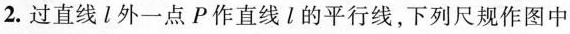
2.过直线l外一点P作直线l的平行线，下列尺规作图中